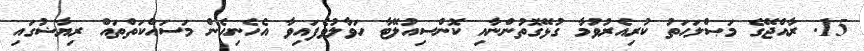
15. ރާއްޖޭގެ މަޞްލަޙަތު ކުރިއެރުވުމާ ގުޅޭގޮތުންނާއި ކޮންސިއުލޭޓާ ހަވާލުވެފައިވާ އެހެނިހެން މަސައްކަތްތައް ރިޔާޟުގައި